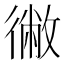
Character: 徶